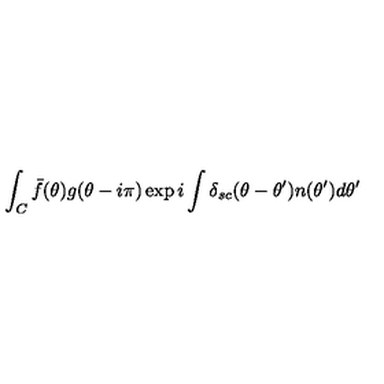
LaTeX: \int _ { C } \bar { f } ( \theta ) g ( \theta - i \pi ) \exp i \int \delta _ { s c } ( \theta - \theta ^ { \prime } ) n ( \theta ^ { \prime } ) d \theta ^ { \prime }